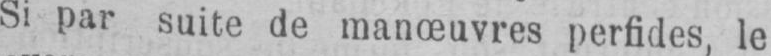
Si par suite de manœuvres perfides, le